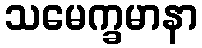
သမေက္ခမာနာ